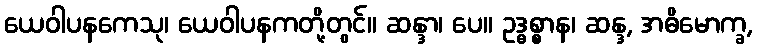
ယေဝါပနကေသု၊ ယေဝါပနကတို့တွင်။ ဆန္ဒာ၊ ပေ။ ဥဒ္ဓစ္စာန၊ ဆန္ဒ, အဓိမောက္ခ,